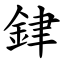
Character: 銉